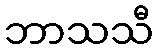
ဘာသသီ